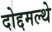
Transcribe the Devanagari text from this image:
दोद्दमल्थे